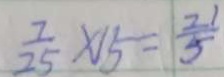
\frac { 7 } { 2 5 } \times 1 5 = \frac { 2 1 } { 5 }